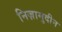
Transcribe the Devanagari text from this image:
निज़ामुदीन